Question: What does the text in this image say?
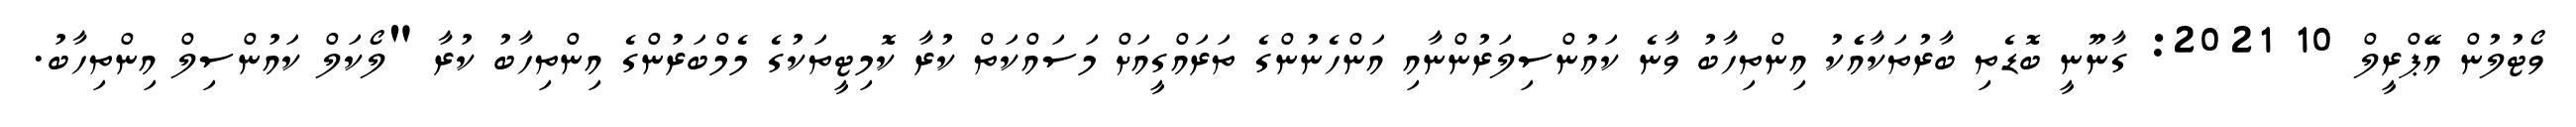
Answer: ވޯޓުލުން އޭޕްރީލް 10 2021: ގާނޫނީ ބޮޑެތި ބާރުތަކާއެެކު އިންތިހާބު ވާނެ ކައުންސިލަރުންނާއި އަންހެނުންގެ ތަރައްގީއަށް މަސައްކަތް ކުރާ ކޮމިޓީތަކުގެ މެމްބަރުންގެ އިންތިހާބު ކުރާ "ލޯކަލް ކައުންސިލް އިންތިހާބު.